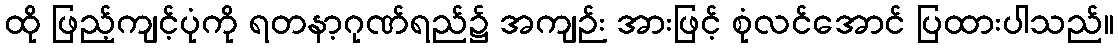
ထို ဖြည့်ကျင့်ပုံကို ရတနာ့ဂုဏ်ရည်၌ အကျဉ်း အားဖြင့် စုံလင်အောင် ပြထားပါသည်။